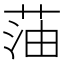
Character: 𫈜